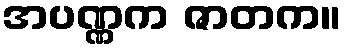
အပဏ္ဏက ဇာတက။